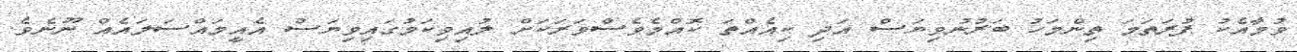
ވުމާއެކު ފުރަތަމަ ތިންމަހު ބަރުނުވިޔަސް އަދި ކިއެއްތަ ކޮއްމެވެސްވަރަކަށް ލުއިވިކަމުގައިވިޔަސް އެއީމައްސަލައެއް ނޫނެވެ.